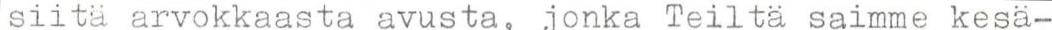
siitä arvokkaasta avusta, jonka Teiltä saimme kesä-